Report on the lunatic asylums under the Government of Bombay - 1904-1913
Year: 1904
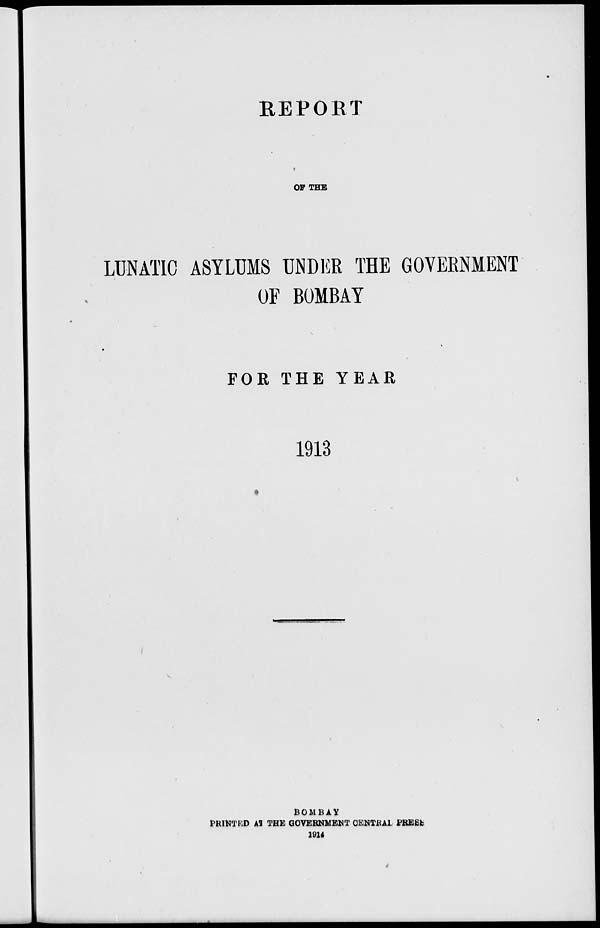
REPORT
OF THE
LUNATIC ASYLUMS UNDER THE GOVERNMENT
OF BOMBAY
FOR THE YEAR
1913
BOMBAY
PRINTED AT THE GOVERNMENT CENTRAL PRESS
1914